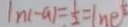
\vert n ( - a ) = \frac { 1 } { 2 } = ( n e )